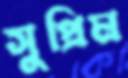
সুপ্রিম